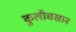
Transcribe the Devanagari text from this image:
कुलीचखान